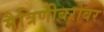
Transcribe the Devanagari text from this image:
मैत्रिणीबरोबर